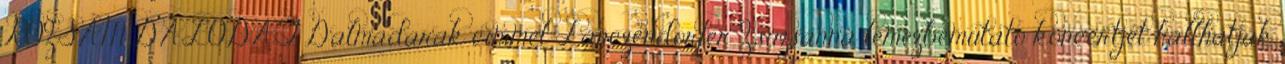
RÓZSÁM DALODAT Dalmadarak címmel Lanczendorfer Zsuzsanna lemezbemutató koncertjét hallhatják